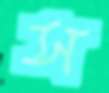
স